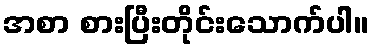
အစာ စားပြီးတိုင်းသောက်ပါ။